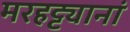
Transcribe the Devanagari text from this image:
मरहट्ट्यानां